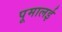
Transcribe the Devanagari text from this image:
पूमालई